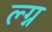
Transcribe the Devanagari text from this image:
ल्ग्न